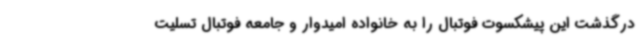
درگذشت این پیشکسوت فوتبال را به خانواده امیدوار و جامعه فوتبال تسلیت